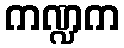
ကဏ္ဍက